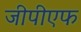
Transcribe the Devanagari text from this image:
जीपीएफ